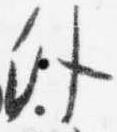
外